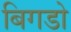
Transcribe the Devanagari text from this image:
बिगडो